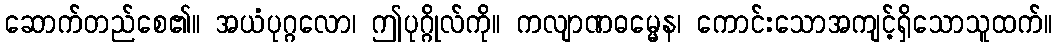
ဆောက်တည်စေ၏။ အယံပုဂ္ဂလော၊ ဤပုဂ္ဂိုလ်ကို။ ကလျာဏဓမ္မေန၊ ကောင်းသောအကျင့်ရှိသောသူထက်။